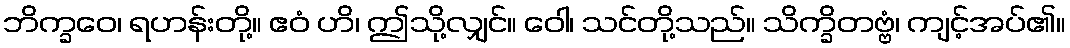
ဘိက္ခဝေ၊ ရဟန်းတို့။ ဧဝံ ဟိ၊ ဤသို့လျှင်။ ဝေါ၊ သင်တို့သည်။ သိက္ခိတဗ္ဗံ၊ ကျင့်အပ်၏။